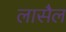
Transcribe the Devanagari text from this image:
लासैल